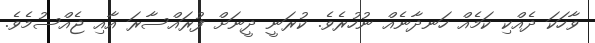
ވާހަކަ ދެއްކި ކަމެއް ހަނދާނެއް ނުހުރެވެ. ކުރަނީ ދީނަށް ފުރައްސާރަ އާއި ޖެއްސުމެވެ.